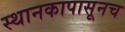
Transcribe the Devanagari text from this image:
स्थानकापासूनच